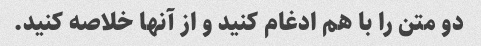
دو متن را با هم ادغام کنید و از آنها خلاصه کنید.